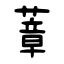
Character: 蔁